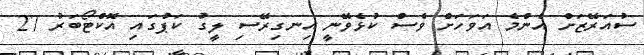
ސުއަރޭޒަށް އެންމެ އަވަހަށް ވެސް ކުޅެވޭނީ އިނގިރޭސި ލީގު ކަޕުގައި އޮކްޓޯބަރު 27